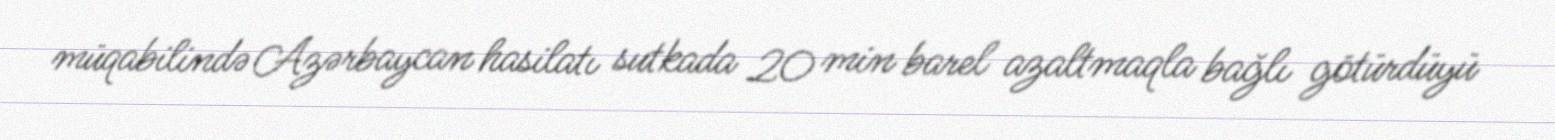
müqabilində Azərbaycan hasilatı sutkada 20 min barel azaltmaqla bağlı götürdüyü